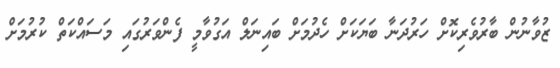
ޒުވާނުން ބާރުވެރިކޮށް ހަރުދަނާ ބަޔަކަށް ހެދުމަށް ބައިނަލް އަގުވާމީ ފެންވަރުގައި މަސައްކަތް ކުރުމަށް